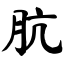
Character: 肮